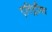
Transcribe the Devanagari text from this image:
एरिट्रीया